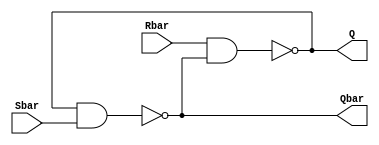
module nand_rs_flip_flop(input Rbar, Sbar, output Q, Qbar);
  nand NAND1(Q, Rbar, Qbar);
  nand NAND2(Qbar, Q, Sbar);
endmodule